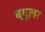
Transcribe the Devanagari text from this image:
ब्यूलर